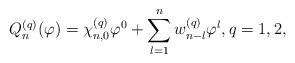
LaTeX: \begin{align*} Q_{n}^{(q)}(\varphi) = \chi_{n,0}^{(q)} \varphi^0 + \sum\limits_{l=1}^{n} w_{n-l}^{(q)} \varphi^{l}, q=1,2, \end{align*}